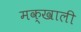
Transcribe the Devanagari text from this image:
मक्खाली